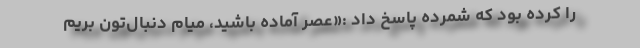
را کرده بود که شمرده پاسخ داد :«عصر آماده باشید، میام دنبال‌تون بریم